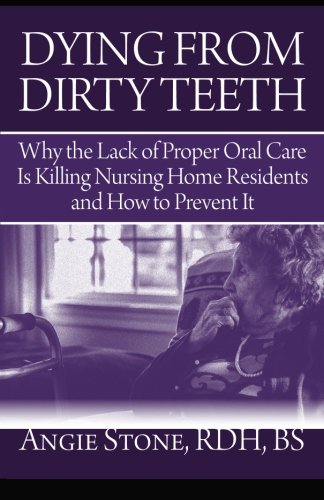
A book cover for Dying From Dirty Teeth: Why the Lack of Proper Oral Care Is Killing Nursing Home Residents and How to Prevent It; Angie Stone; Medical Books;